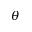
\theta